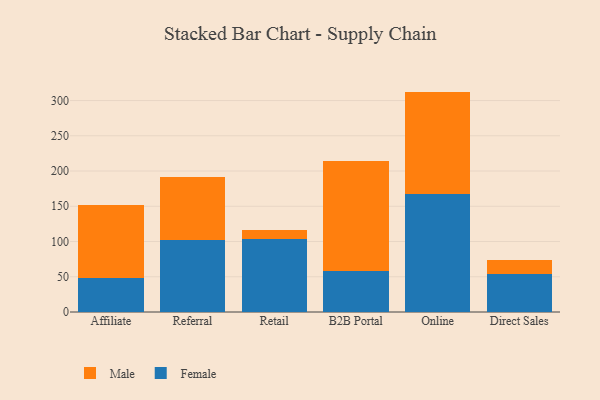
{"axis": {"x": "Channel", "y": "Humidity (%)"}, "legend": ["Female", "Male"], "data": [{"x": "Affiliate", "y": 48.8, "type": "Female"}, {"x": "Affiliate", "y": 102.7, "type": "Male"}, {"x": "Referral", "y": 101.6, "type": "Female"}, {"x": "Referral", "y": 89.3, "type": "Male"}, {"x": "Retail", "y": 103.6, "type": "Female"}, {"x": "Retail", "y": 13.4, "type": "Male"}, {"x": "B2B Portal", "y": 57.7, "type": "Female"}, {"x": "B2B Portal", "y": 156.7, "type": "Male"}, {"x": "Online", "y": 167.7, "type": "Female"}, {"x": "Online", "y": 145.0, "type": "Male"}, {"x": "Direct Sales", "y": 53.8, "type": "Female"}, {"x": "Direct Sales", "y": 20.3, "type": "Male"}]}